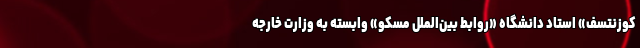
کوزنتسف» استاد دانشگاه «روابط بین‌الملل مسکو» وابسته به وزارت خارجه